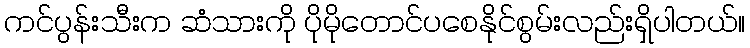
ကင်ပွန်းသီးက ဆံသားကို ပိုမိုတောင်ပစေနိုင်စွမ်းလည်းရှိပါတယ်။